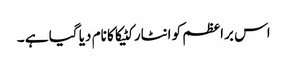
اس براعظم کو انٹارکٹیکا کا نام دیا گیا ہے ۔